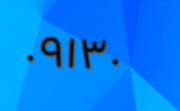
٠٩١٣٠